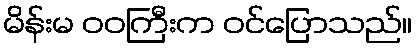
မိန်းမ ဝဝကြီးက ဝင်ပြောသည်။